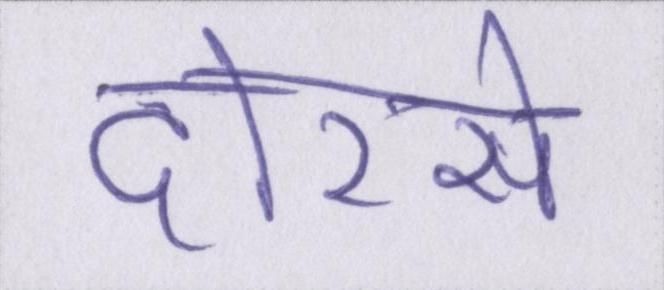
दोरसे